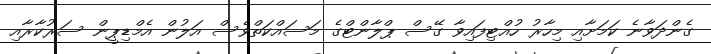
ގެންދަވާނެ ކަމަށާއި މިހާރު ހުއްޓިފައިވާ ގޭސް ޕްލާންޓްގެ މަސައްކަތްވެސް އަލުން އެމްޑިޕީން ސަރުކާރާއި